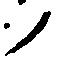
ノ